Indian journal of veterinary science and animal husbandry - Volume 6,
Year: 1936
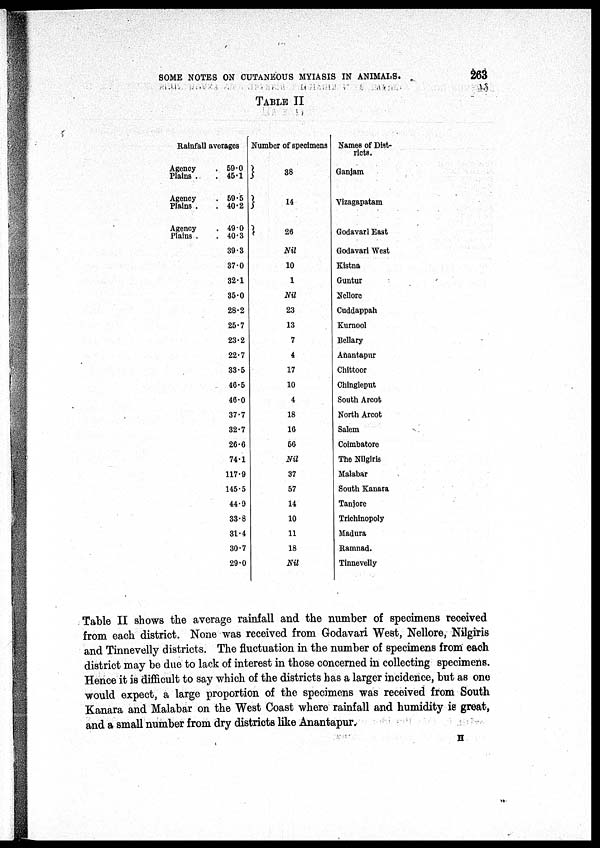
SOME NOTES ON CUTANEOUS MYIASIS IN ANIMALS.
263
TABLE II
Rainfall averages
Agency.
.
59.0
Plains . . 45.1
Agency.
.
59.5
Plains . . 40.2
Agency . 49.0
Plains. . 40.3
39.3
37.0
32.1
35.0
28.2
25.7
23.2
22.7
33.5
46.5
46.0
37.7
32.7
26.6
74.1
117.9
145.5
44.9
33.8
31.4
30.7
29.0
Number of specimens
}
38
} 14
}
26
Nil
10
1
Nil
23
13
7
4
17
10
4
18
16
56
Nil
37
57
14
10
11
18
Nil
Names of Dist-
ricts.
Ganjam
Vizagapatam
Godavari East
Godavari West
Kistna
Guntur
Nellore
Cuddappah
Kurnool
Bellary
Anantapur
Chittoor
Chingleput
South Arcot
North Arcot
Salem
Coimbatore
The Nilgiris
Malabar
South Kanara
Tanjore
Trichinopoly
Madura
Ramnad.
Tinnevelly
Table II shows the average rainfall and the number of specimens received
from each district. None was received from Godavari West, Nellore, Nilgiris
and Tinnevelly districts. The fluctuation in the number of specimens from each
district may be due to lack of interest in those concerned in collecting specimens.
Hence it is difficult to say which of the districts has a larger incidence, but as one
would expect, a large proportion of the specimens was received from South
Kanara and Malabar on the West Coast where rainfall and humidity is great,
and a small number from dry districts like Anantapur.
H